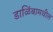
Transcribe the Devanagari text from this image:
डाळिंबामधील